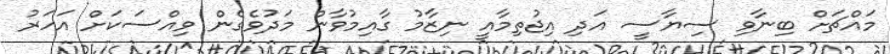
މައްޗަށް ބިނާވި ސިޔާސީ އަދި އިޖުތިމާއީ ނިޒާމު ގާއިމުވާން މަދުވެގެން ވިއްސަކަށް އަހަރު